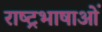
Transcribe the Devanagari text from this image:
राष्ट्रभाषाओं